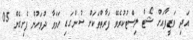
އަދި ވަޒީފާއަށް ޝޯޓް ލިސްޓުކުރެވޭ ފަރާތްތަކަށް ސުންގަޑި ހަމަވާ ދުވަހުން ފެށިގެން 05